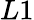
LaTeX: L1